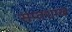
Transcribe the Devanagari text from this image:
सप्तशाख